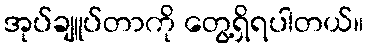
အုပ်ချူပ်တာကို တွေ့ရှိရပါတယ်။